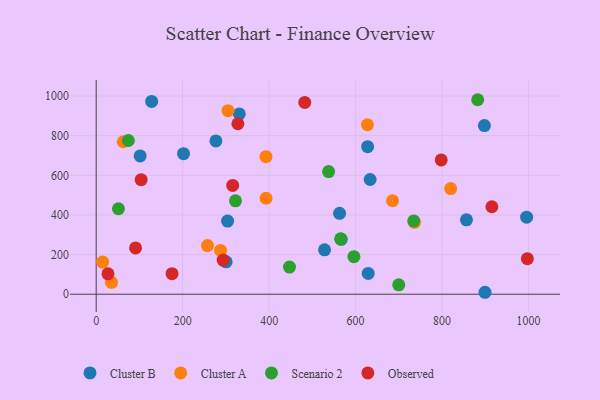
{"axis": {"x": "Price", "y": "Salary"}, "legend": ["Cluster A", "Cluster B", "Observed", "Scenario 2"], "data": [{"x": "300.5", "y": 163.7, "type": "Cluster B"}, {"x": "528.2", "y": 224.2, "type": "Cluster B"}, {"x": "995.6", "y": 388.9, "type": "Cluster B"}, {"x": "627.8", "y": 744.6, "type": "Cluster B"}, {"x": "899.3", "y": 9.8, "type": "Cluster B"}, {"x": "633.6", "y": 578.8, "type": "Cluster B"}, {"x": "856.4", "y": 375.2, "type": "Cluster B"}, {"x": "101.7", "y": 697.7, "type": "Cluster B"}, {"x": "629.1", "y": 105.0, "type": "Cluster B"}, {"x": "566.8", "y": 276.9, "type": "Cluster B"}, {"x": "303.9", "y": 369.1, "type": "Cluster B"}, {"x": "276.9", "y": 773.7, "type": "Cluster B"}, {"x": "331.0", "y": 909.7, "type": "Cluster B"}, {"x": "897.9", "y": 850.8, "type": "Cluster B"}, {"x": "202.0", "y": 709.2, "type": "Cluster B"}, {"x": "562.9", "y": 408.1, "type": "Cluster B"}, {"x": "128.3", "y": 973.1, "type": "Cluster B"}, {"x": "392.9", "y": 484.2, "type": "Cluster A"}, {"x": "304.9", "y": 926.1, "type": "Cluster A"}, {"x": "62.5", "y": 769.5, "type": "Cluster A"}, {"x": "14.9", "y": 162.0, "type": "Cluster A"}, {"x": "627.4", "y": 855.1, "type": "Cluster A"}, {"x": "736.1", "y": 362.9, "type": "Cluster A"}, {"x": "819.9", "y": 533.0, "type": "Cluster A"}, {"x": "257.4", "y": 245.4, "type": "Cluster A"}, {"x": "287.6", "y": 221.0, "type": "Cluster A"}, {"x": "685.5", "y": 471.8, "type": "Cluster A"}, {"x": "392.7", "y": 694.0, "type": "Cluster A"}, {"x": "35.3", "y": 59.9, "type": "Cluster A"}, {"x": "74.5", "y": 775.7, "type": "Scenario 2"}, {"x": "51.5", "y": 431.2, "type": "Scenario 2"}, {"x": "699.8", "y": 47.6, "type": "Scenario 2"}, {"x": "565.4", "y": 279.4, "type": "Scenario 2"}, {"x": "596.1", "y": 189.3, "type": "Scenario 2"}, {"x": "447.1", "y": 136.8, "type": "Scenario 2"}, {"x": "537.6", "y": 618.8, "type": "Scenario 2"}, {"x": "322.2", "y": 471.1, "type": "Scenario 2"}, {"x": "734.4", "y": 370.1, "type": "Scenario 2"}, {"x": "882.4", "y": 981.5, "type": "Scenario 2"}, {"x": "27.3", "y": 103.0, "type": "Observed"}, {"x": "798.0", "y": 677.9, "type": "Observed"}, {"x": "482.4", "y": 967.9, "type": "Observed"}, {"x": "327.7", "y": 860.2, "type": "Observed"}, {"x": "91.1", "y": 233.7, "type": "Observed"}, {"x": "997.3", "y": 179.2, "type": "Observed"}, {"x": "315.7", "y": 549.2, "type": "Observed"}, {"x": "915.2", "y": 441.5, "type": "Observed"}, {"x": "175.5", "y": 103.5, "type": "Observed"}, {"x": "104.0", "y": 578.0, "type": "Observed"}, {"x": "293.6", "y": 172.3, "type": "Observed"}]}